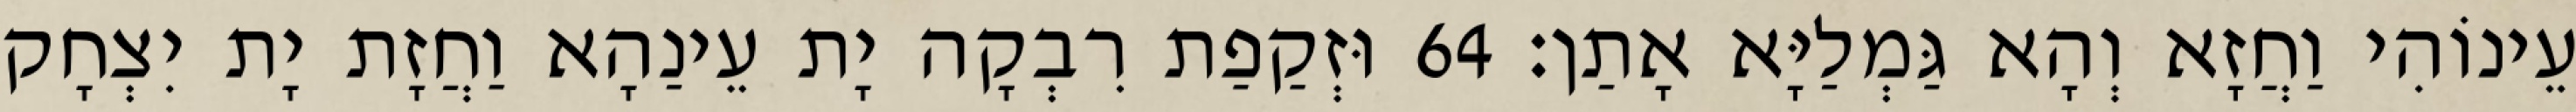
עֵינוֹהִי וַחֲזָא וְהָא גַּמְלַיָּא אָתַן׃ 64 וּזְקַפַת רִבְקָה יָת עֵינַהָא וַחֲזָת יָת יִצְחָק